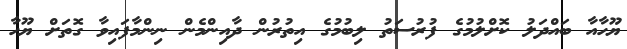
ޔޫހާއާ ބައްދަލު ކޮށްލުމުގެ ފުރުސަތު ލިބުމުގެ އިތުރުން ދާއިންމެން ނިންމާފައިވާ ގޮތަށް ޔޫހާ